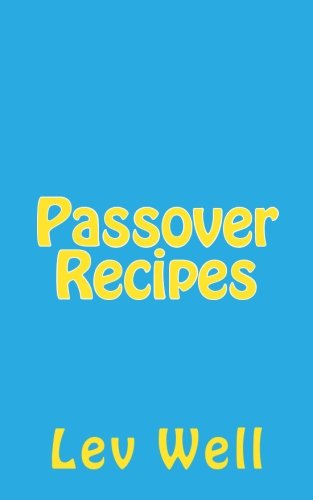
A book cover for Passover Recipes; Lev Well; Cookbooks, Food & Wine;